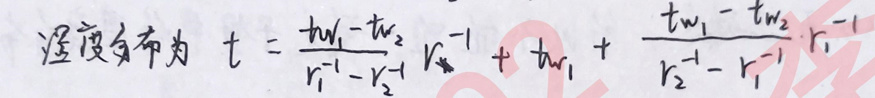
温度分布为 \(t = \frac{t_{w_1}-t_{w_2}}{r_1^{-1}-r_2^{-1}}r^{-1}+t_{w_1}+\frac{t_{w_1}-t_{w_2}}{r_2^{-1}-r_1^{-1}}r_1^{-1}\)